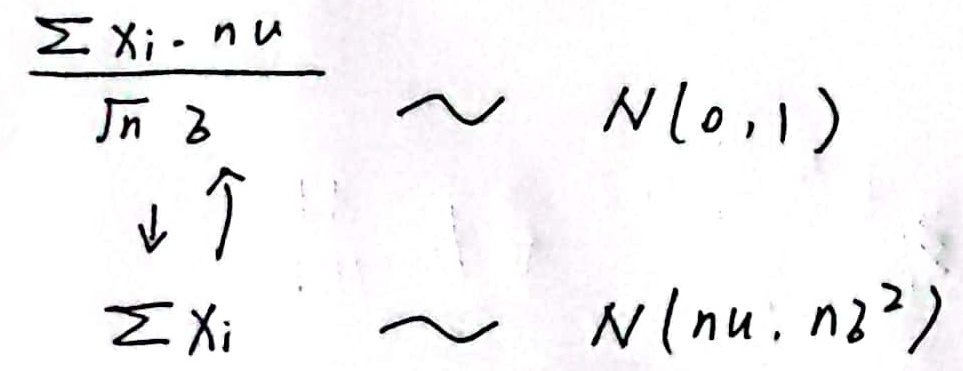
\[
\frac{\sum X_i - n\mu}{\sqrt{n}\sigma}\sim N(0,1)
\]
\[
\downarrow \uparrow
\]
\[
\sum X_i\sim N(n\mu,n\sigma^{2})
\]